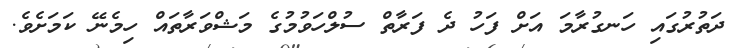
ދަތުރުގައި ހަނގުރާމަ އަށް ފަހު ދެ ފަރާތް ސުލްހަވުމުގެ މަޝްވަރާތައް ހިމެނޭ ކަމަށެވެ.